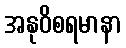
အနုဝိစရမာနာ